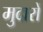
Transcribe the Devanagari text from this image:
मुदारों